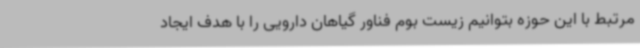
مرتبط با این حوزه بتوانیم زیست بوم فناور گیاهان دارویی را با هدف ایجاد